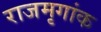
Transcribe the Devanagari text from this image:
राजमृगांक